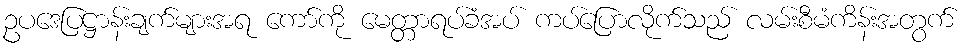
ဥပဒေပြဋ္ဌာန်းချက်များအရ ကော်ကို မေတ္တာရပ်ခံအပ် ကပ်ပြောလိုက်သည် လမ်းစီမံကိန်းအတွက်